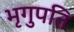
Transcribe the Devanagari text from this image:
भृगुपति